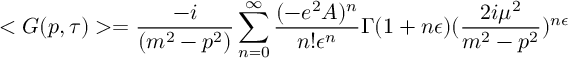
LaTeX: < G ( p , \tau ) > = \frac { - i } { ( m ^ { 2 } - p ^ { 2 } ) } \sum _ { n = 0 } ^ { \infty } \frac { ( - e ^ { 2 } A ) ^ { n } } { n ! \epsilon ^ { n } } \Gamma ( 1 + n \epsilon ) ( \frac { 2 i \mu ^ { 2 } } { m ^ { 2 } - p ^ { 2 } } ) ^ { n \epsilon }